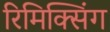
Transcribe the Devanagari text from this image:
रिमिक्सिंग